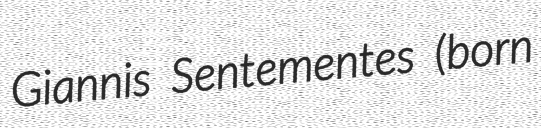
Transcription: Giannis Sentementes (born